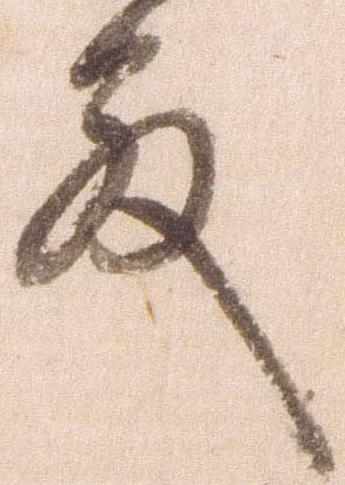
殿